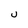
Character: U